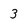
Character: 3